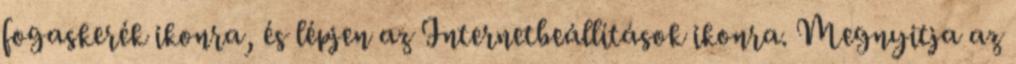
fogaskerék ikonra, és lépjen az Internetbeállítások ikonra. Megnyitja az